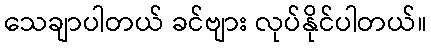
သေချာပါတယ် ခင်ဗျား လုပ်နိုင်ပါတယ်။